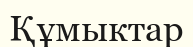
Құмыктар